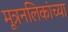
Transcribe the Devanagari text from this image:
मूत्रनलिकांच्या